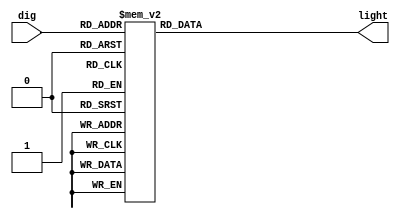
module dig_ctrl(
    input [3:0] dig,
    output reg [6:0] light
    );

	always @(*) begin
		case (dig)
			4'd0: light <= 7'b0111111;
			4'd1: light <= 7'b0000011;
			4'd2: light <= 7'b1011101;
			4'd3: light <= 7'b1001111;
			4'd4: light <= 7'b1100011;
			4'd5: light <= 7'b1101110;
			4'd6: light <= 7'b1111110;
			4'd7: light <= 7'b0001011;
			4'd8: light <= 7'b1111111;
			4'd9: light <= 7'b1101111;
			4'd10: light <= 7'b1111011;
			4'd11: light <= 7'b1110110;
			4'd12: light <= 7'b1010100;
			4'd13: light <= 7'b1010111;
			4'd14: light <= 7'b1111100;
			4'd15: light <= 7'b1111000;
		endcase
	end

	endmodule